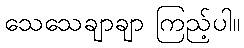
သေသေချာချာ ကြည့်ပါ။